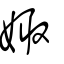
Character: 娵